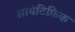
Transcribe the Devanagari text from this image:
सायंटिफ़िक